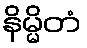
နိမ္မိတံ